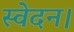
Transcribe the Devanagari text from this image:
स्वेदन।